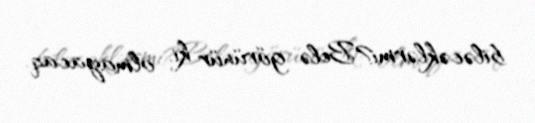
biləcəklərmi?Belə görünür ki, olmayacaq.